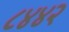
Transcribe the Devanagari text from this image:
८४४२